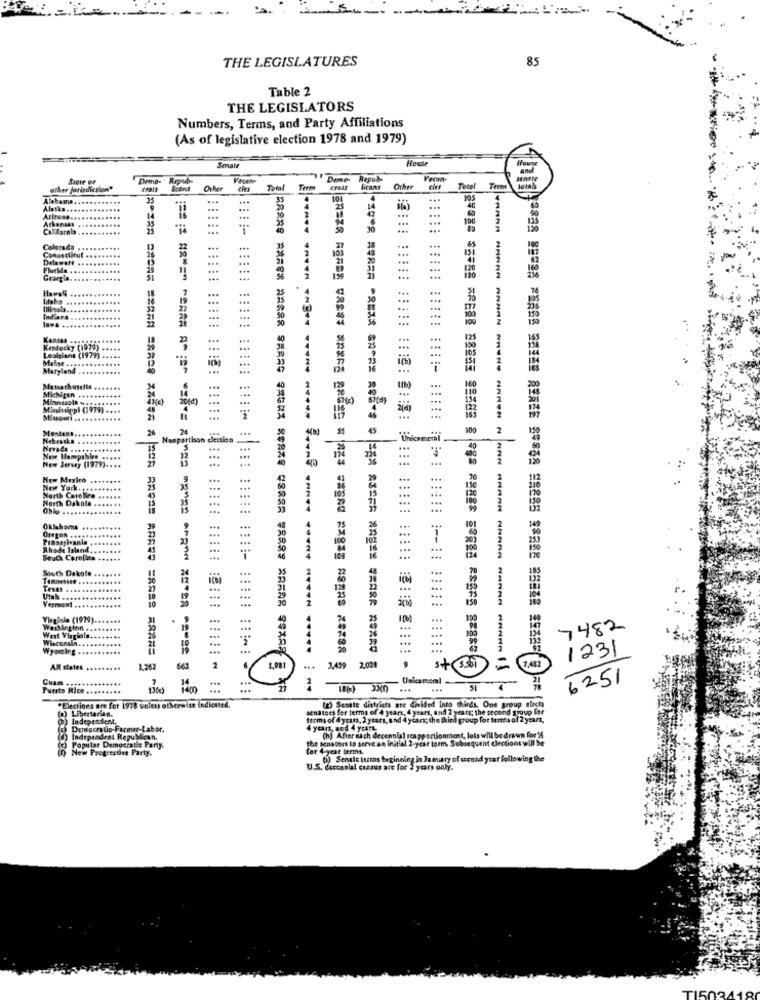
THE LEGISLATURES
85
Table 2
THE LEGISLATORS
Numbers, Terms, and Party Affiliations
(As of legislative election 1978 and 1979)
House
Smale
Sapre of
Repubs
Vacen-
"\' Deme. Repub-
Vecon-
other jurisdiction"
chats
Other
Total Terme
DCans
Other
Tesel
Term
Alabama
...
...
35
10
4
Alatks ..
...
...
Arkansas
...
...
...
...
Colorsda
...
Connecticut
Delawelt
...
...
...
..
...
FlurMa
...
...
...
...
Georgia
...
...
HavaG
16
....
105
Indiana
...
...
...
...
125
Kendecky (1979)
Lesiginne (1979)
Maine ..
...
...
Maryland
...
MENitin
Minneso .
Masituppl (1979)
...
...
Montant
26
55
45
2
Nebraska
Nonpartisan election
20
New Hampshire .
New Jersey (1979) ..
....
...
New York ..
North Carolina
North Dakota
Ohio
.. ..
Oklahoma
39
...
Piaaspivanla
Oregen ...
...
...
...
Rhode Island.
South Carolina
...
South Dakota
20
...
Virginie (1979).
19
7482
West Virginia
Wisconsin
10
...
Wyoming
1.482
1231
AR states
1.262
643
2
...
3,439 2.02.
s+ 3501
Unfeameml -
6251
Fulerts Rice
136€)
51
(0) Libertarian.
.Elections are for 1978 unless otherwise indicated.
senators for terms of 4 years, 4 years, and 2 years; the second group for
(z) Senate districts are divided into thirds. One group elects
(B) Independent,
terms of 4years, 2 years, and 4 years; the third group for tens of 2 years,
Dentocratio-Farmer-Labor.
4 years, and 4 years.
(O) Independent Republican.
the senators to serve an initial 2-year torm. Sobiequent election will be
(h) After each decennial seapportionment, lots will be drawn for 16
Popular Democratic Party.
New Progrestive Party.
fer 4-year terma.
(i) Senate terras beginning in January of second year following the
U.S. deccantal census are for 2 years only.